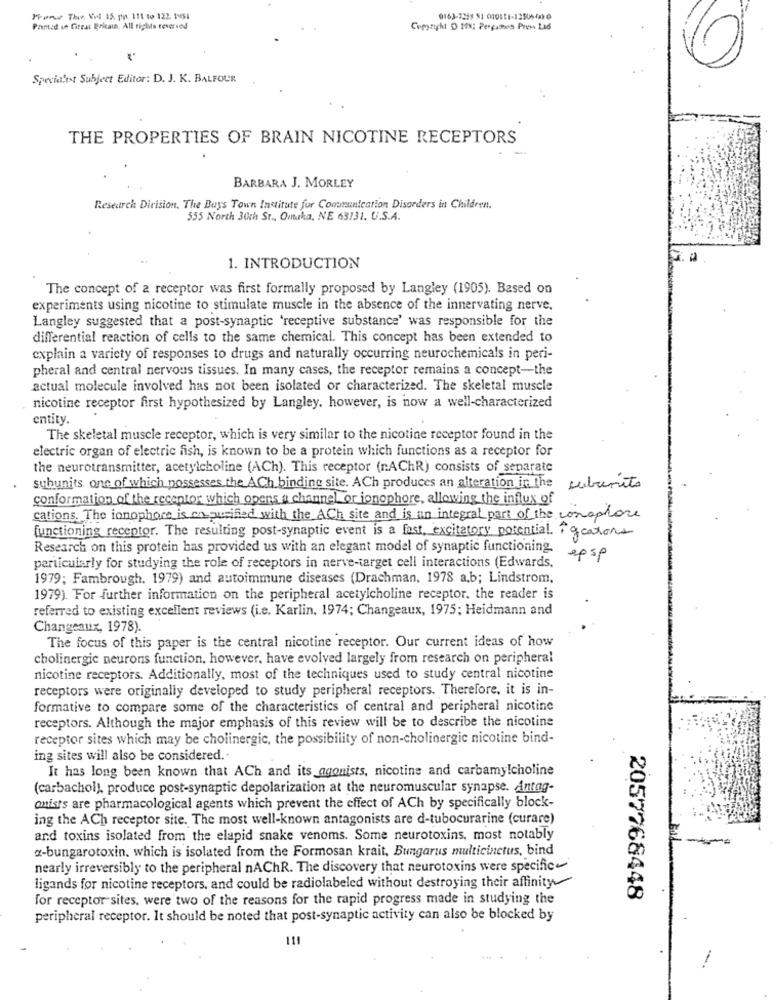
Promar The, Vol 15. pp. 111 to 122. 1vs1
0163-7258 81 010111-12506400
Ponad ve Great Britain. All rights reserved
Copyright D 19%: Pergamen Press Lad
Specialist Subject Editor: D. J. K. BALFOUR
THE PROPERTIES OF BRAIN NICOTINE RECEPTORS
BARBARA J. MORLEY
Research Dirision, The Boys Town Institute for Communication Disorders in Children.
555 North 3ich St ., Omuka, NE 63131. U.S.A.
1. INTRODUCTION
The concept of a receptor was first formally proposed by Langley (1905). Based on
experiments using nicotine to stimulate muscle in the absence of the innervating nerve.
Langley suggested that a post-synaptic 'receptive substance' was responsible for the
differential reaction of cells to the same chemical. This concept has been extended to
explain a variety of responses to drugs and naturally occurring neurochemicals in peri-
pheral and central nervous tissues. In many cases, the receptor remains a concept-the
actual molecule involved has not been isolated or characterized. The skeletal muscle
nicotine receptor first hypothesized by Langley. however, is now a well-characterized
entity.
The skeletal muscle receptor, which is very similar to the nicotine receptor found in the
electric organ of electric fish, is known to be a protein which functions as a receptor for
the neurotransmitter, acetylcholine (ACh). This receptor (r.AChR) consists of separate
subunits one of which possesses the ACh binding site. ACh produces an alteration in the
subunits
conformation of the receptor which opens a channel or ionophore, allowing the influx of
cations. The ionophore is on purified with the ACh site and is an integral part of the conophore
functioning receptor. The resulting post-synaptic event is a fast, excitatory potential. igeations
Research on this protein has provided us with an elegant model of synaptic functioning.
epsp
particularly for studying the role of receptors in nerve-target cell interactions (Edwards,
1979; Fambrough. 1979) and autoimmune diseases (Drachman, 1978 a.b; Lindstrom,
1979). For further information on the peripheral acetylcholine receptor. the reader is
referred to existing excellent reviews (i.e. Karlin, 1974; Changeaux, 1975; Heidmann and
Changeaux, 1978).
The focus of this paper is the central nicotine receptor. Our current ideas of how
cholinergic neurons function, however, have evolved largely from research on peripheral
nicotine receptors. Additionally, most of the techniques used to study central nicotine
receptors were originally developed to study peripheral receptors. Therefore, it is in-
formative to compare some of the characteristics of central and peripheral nicotine
receptors. Although the major emphasis of this review will be to describe the nicotine
receptor sites which may be cholinergic, the possibility of non-cholinergic nicotine bind-
ing sites will also be considered.
It has long been known that ACh and its agonists, nicotine and carbamy!choline
(carbachol), produce post-synaptic depolarization at the neuromuscular synapse. Antag-
omists are pharmacological agents which prevent the effect of ACh by specifically block-
ing the ACh receptor site. The most well-known antagonists are d-tubocurarine (curare)
and toxins isolated from the elapid snake venoms. Some neurotoxins, most notably
-bungarotoxin, which is isolated from the Formosan krait, Bungarus multicinctus, bind
nearly irreversibly to the peripheral nAChR. The discovery that neurotoxins were specific
ligands for nicotine receptors, and could be radiolabeled without destroying their affinity
for receptor sites, were two of the reasons for the rapid progress made in studying the
2057768448
peripheral receptor. It should be noted that post-synaptic activity can also be blocked by
111